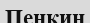
Пенкин